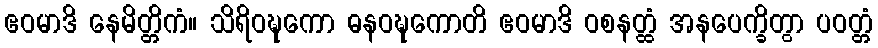
ဧဝမာဒိ နေမိတ္တိကံ။ သိရိဝဍ္ဎကော ဓနဝဍ္ဎကောတိ ဧဝမာဒိ ဝစနတ္ထံ အနပေက္ခိတွာ ပဝတ္တံ